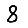
Digit: 8